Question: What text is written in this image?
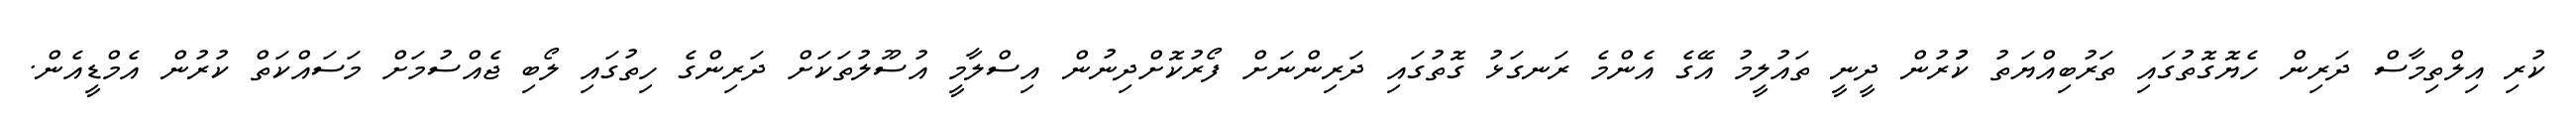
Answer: ކުރި އިލްތިމާސް ދަރިން ހެޔޮގޮތުގައި ތަރުބިއްޔަތު ކުުރުން ދީނީ ތައުލީމު އޭގެ އެންމެ ރަނގަޅު ގޮތުގައި ދަރިންނަށް ފޯރުކޮށްދިނުން އިސްލާމީ އުސޫލުތަކަށް ދަރިންގެ ހިތުގައި ލޯބި ޖެއްސުމަށް މަސައްކަތް ކުރުން އެމްޑީއެން.